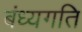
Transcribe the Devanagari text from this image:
बंध्यगति